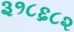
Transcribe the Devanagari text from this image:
३१८६८२